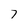
Character: 7